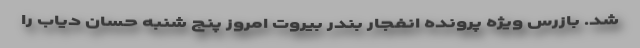
شد. بازرس ویژه پرونده انفجار بندر بیروت امروز پنج شنبه حسان دیاب را